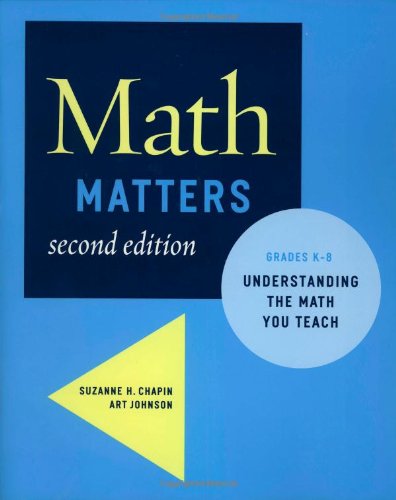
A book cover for Math Matters: Understanding the Math You Teach, Grades K-8 (2nd Edition); Suzanne H. Chapin; Science & Math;